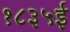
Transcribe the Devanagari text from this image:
१८३५ई